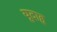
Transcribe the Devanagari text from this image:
यूदाह